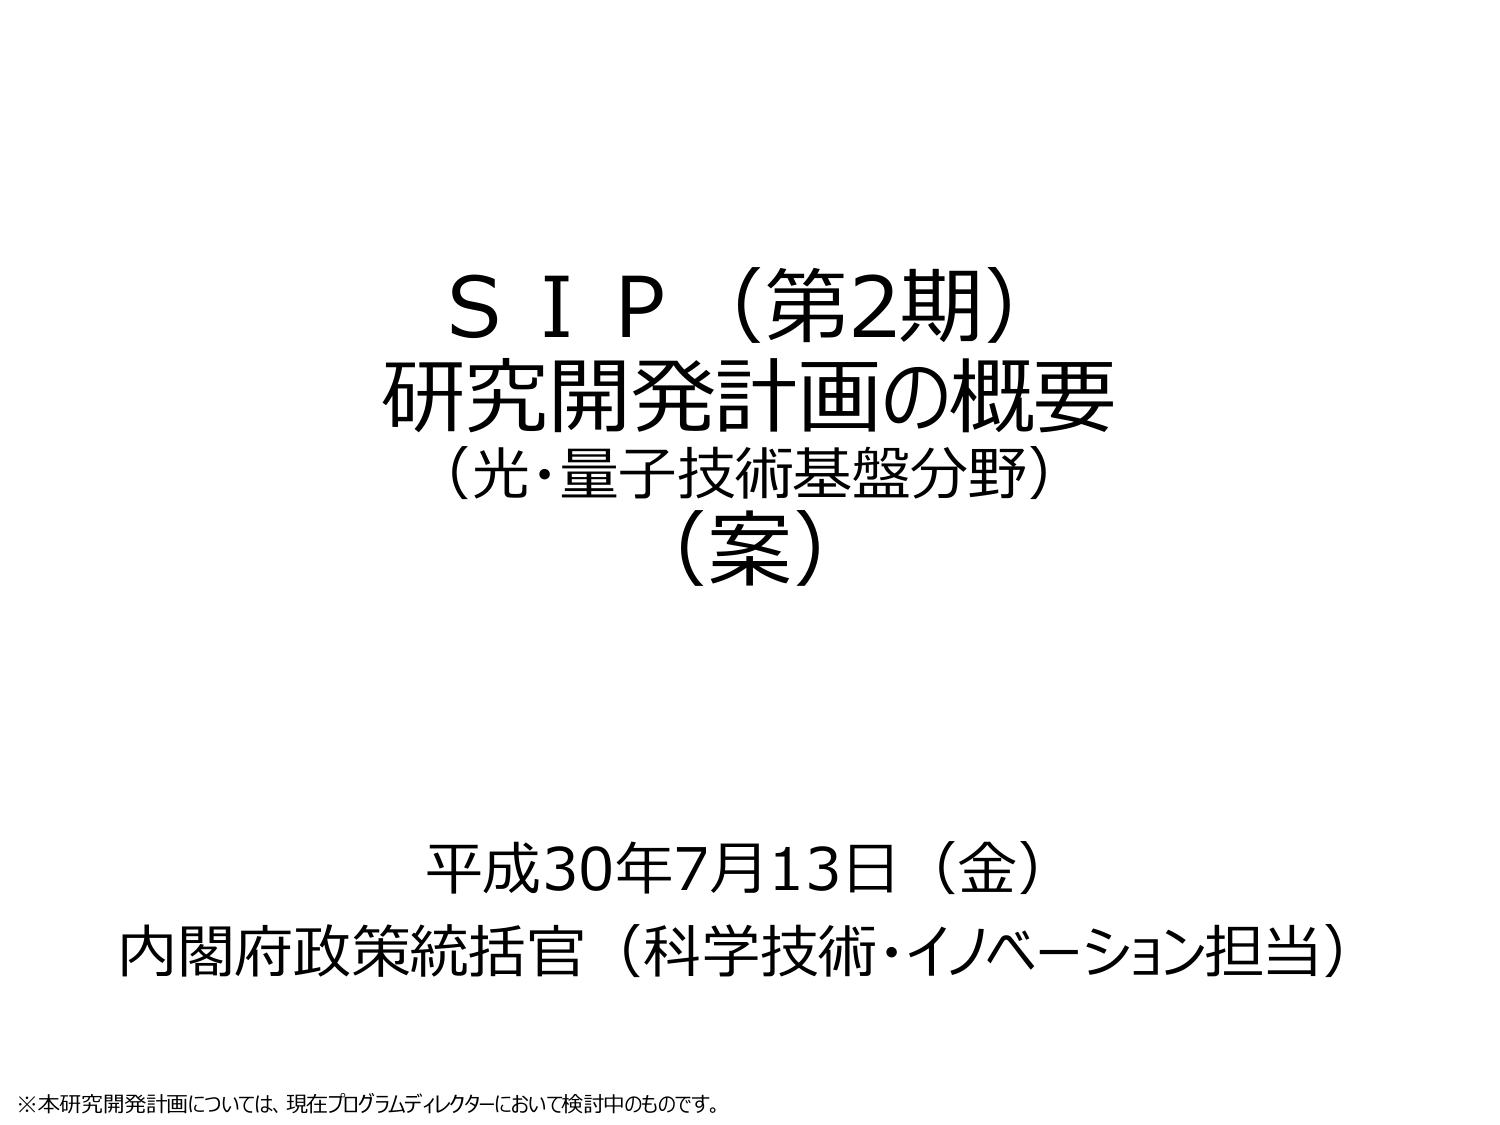
S I P（第2期）
研究開発計画の概要
（光・量子技術基盤分野）
（案）

平成30年7月13日（金）
内閣府政策統括官（科学技術・イノベーション担当）

※本研究開発計画については、現在プログラムディレクターにおいて検討中のものです。